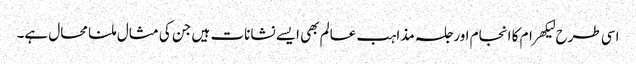
اسی طرح لیکھرام کا انجام اور جلسہ مذاہب عالم بھی ایسے نشانات ہیں جن کی مثال ملنا محال ہے۔